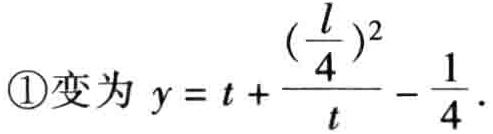
\textcircled{1}变为 \(y = t + \frac{(\frac{l}{4})^{2}}{t} - \frac{1}{4}\)